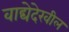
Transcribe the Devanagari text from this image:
वाद्येदेखील